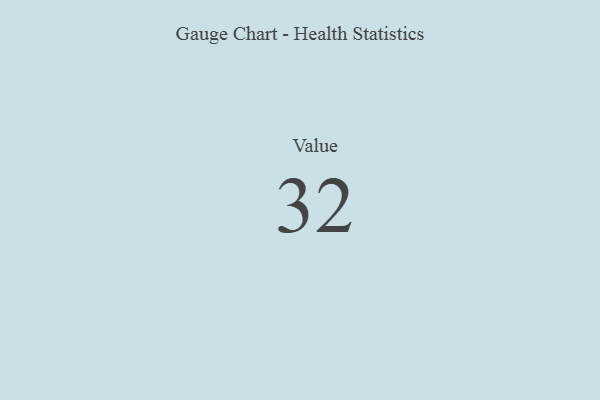
{"axis": {"x": "Metric", "y": "Value"}, "legend": [""], "data": [{"x": "Value", "y": 32, "type": ""}]}